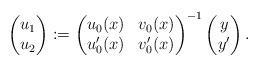
LaTeX: \begin{align*} \begin{pmatrix} u_1 \\ u_2 \end{pmatrix}:=\begin{pmatrix} u_0(x) & v_0(x) \\ u_0'(x) & v_0'(x) \end{pmatrix}^{-1}\begin{pmatrix} y \\ y' \end{pmatrix}.\end{align*}